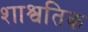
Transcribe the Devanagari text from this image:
शाश्वतिक